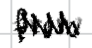
Text: from
Cross-out: zig-zag
Writing tool: digital_black